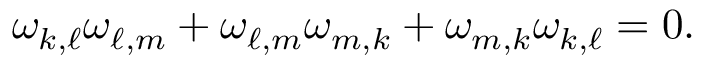
\omega _ { k , \ell } \omega _ { \ell , m } + \omega _ { \ell , m } \omega _ { m , k } + \omega _ { m , k } \omega _ { k , \ell } = 0 .